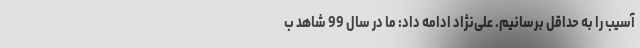
آسیب را به حداقل برسانیم. علی‌نژاد ادامه داد: ما در سال 99 شاهد ب